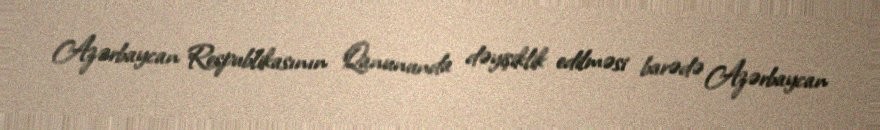
Azərbaycan Respublikasının Qanununda dəyişiklik edilməsi barədə Azərbaycan